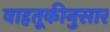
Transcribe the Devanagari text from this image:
वाहतूकीनुसार